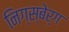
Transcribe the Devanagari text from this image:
निग्स्बेर्ग